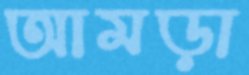
আমড়া